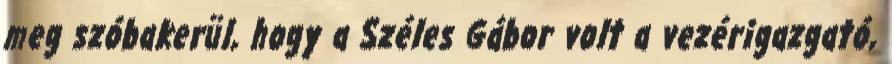
meg szóbakerül, hogy a Széles Gábor volt a vezérigazgató,